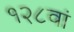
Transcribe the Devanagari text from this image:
१२८वां